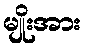
မျိုးအား